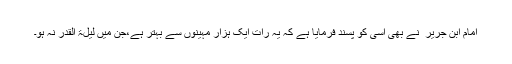
امام ابن جریر ؒ نے بھی اسی کو پسند فرمایا ہے کہ یہ رات ایک ہزار مہینوں سے بہتر ہے،جن میں لیلۃ القدر نہ ہو۔